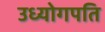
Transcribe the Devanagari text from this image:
उध्योगपति